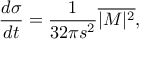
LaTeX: { \frac { d \sigma } { d t } } = { \frac { 1 } { 3 2 \pi s ^ { 2 } } } \overline { { { | M | ^ { 2 } } } } ,